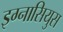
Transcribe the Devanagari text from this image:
इग्नासियुस